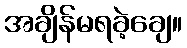
အချိန်မရခဲ့ချေ။